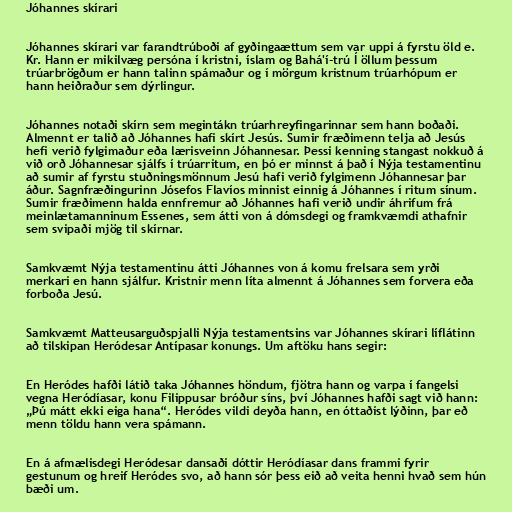
Jóhannes skírari

Jóhannes skírari var farandtrúboði af gyðingaættum sem var uppi á fyrstu öld e.
Kr. Hann er mikilvæg persóna í kristni, íslam og Bahá'í-trú Í öllum þessum
trúarbrögðum er hann talinn spámaður og í mörgum kristnum trúarhópum er
hann heiðraður sem dýrlingur.

Jóhannes notaði skírn sem megintákn trúarhreyfingarinnar sem hann boðaði.
Almennt er talið að Jóhannes hafi skírt Jesús. Sumir fræðimenn telja að Jesús
hefi verið fylgimaður eða lærisveinn Jóhannesar. Þessi kenning stangast nokkuð á
við orð Jóhannesar sjálfs í trúarritum, en þó er minnst á það í Nýja testamentinu
að sumir af fyrstu stuðningsmönnum Jesú hafi verið fylgimenn Jóhannesar þar
áður. Sagnfræðingurinn Jósefos Flavíos minnist einnig á Jóhannes í ritum sínum.
Sumir fræðimenn halda ennfremur að Jóhannes hafi verið undir áhrifum frá
meinlætamanninum Essenes, sem átti von á dómsdegi og framkvæmdi athafnir
sem svipaði mjög til skírnar.

Samkvæmt Nýja testamentinu átti Jóhannes von á komu frelsara sem yrði
merkari en hann sjálfur. Kristnir menn líta almennt á Jóhannes sem forvera eða
forboða Jesú.

Samkvæmt Matteusarguðspjalli Nýja testamentsins var Jóhannes skírari líflátinn
að tilskipan Heródesar Antípasar konungs. Um aftöku hans segir:

En Heródes hafði látið taka Jóhannes höndum, fjötra hann og varpa í fangelsi
vegna Heródíasar, konu Filippusar bróður síns, því Jóhannes hafði sagt við hann:
„Þú mátt ekki eiga hana“. Heródes vildi deyða hann, en óttaðist lýðinn, þar eð
menn töldu hann vera spámann.

En á afmælisdegi Heródesar dansaði dóttir Heródíasar dans frammi fyrir
gestunum og hreif Heródes svo, að hann sór þess eið að veita henni hvað sem hún
bæði um.